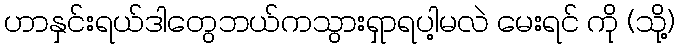
ဟာနှင်းရယ်ဒါတွေဘယ်ကသွားရှာရပါ့မလဲ မေးရင် ကို (သို့)